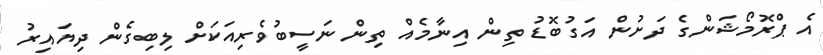
އެ ޕްރޮމޯޝަންގެ ދަށުން އަގުބޮޑު ތިން އިނާމެއް ތިން ނަސީބުވެރިއަކަށް ލިބިގެން ދިޔައިރު